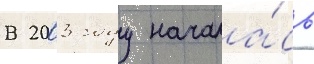
В 2003 году начала́сь